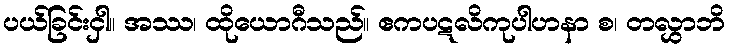
ပယ်ခြင်းငှါ။ အဿ၊ ထိုယောဂီသည်။ ဧကပဋလိကုပါဟနာ စ၊ တလွှာဘိ